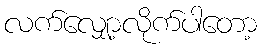
လက်လျှော့လိုက်ပါတော့